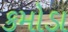
કમોડા